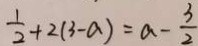
\frac { 1 } { 2 } + 2 ( 3 - a ) = a - \frac { 3 } { 2 }